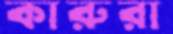
কারুরা